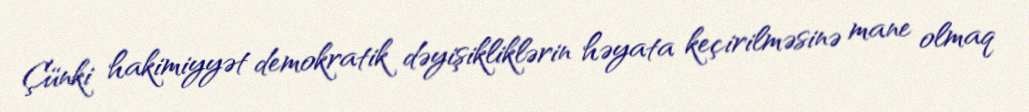
Çünki hakimiyyət demokratik dəyişikliklərin həyata keçirilməsinə mane olmaq